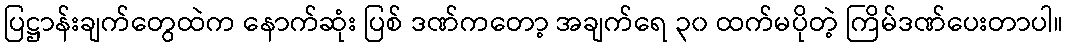
ပြဋ္ဌာန်းချက်တွေထဲက နောက်ဆုံး ပြစ် ဒဏ်ကတော့ အချက်ရေ ၃၀ ထက်မပိုတဲ့ ကြိမ်ဒဏ်ပေးတာပါ။